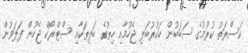
ކަސްރަތު ކުރުމުގެ ސަބަބުން ހަކުރުބަލި ޖެހުމާއި ހިތުގެ ބަލިތަކާއި ސްޓްރޯކް ޖެހުން ފަލަވުން